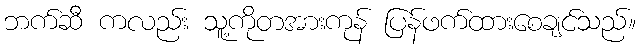
ဘက်ဆီ ကလည်း သူ့ကိုတအားကုန် ပြန်ဖက်ထားစေချင်သည်။